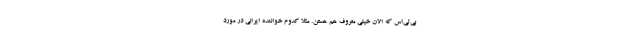
بی‌تی‌اس که الان خیلی معروف هم هستن. مثلا کدوم خواننده ایرانی در مورد